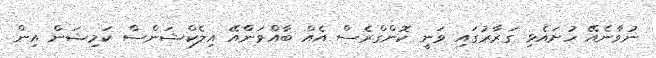
ނުވާނެއޭ ހުށައެޅި ގަރާރުގައި ވަނީ ކޮންގްރެސް އެއް ބާއްވަންްއޭ އިލެކްޝަންސް ކަމިޝަން އިން